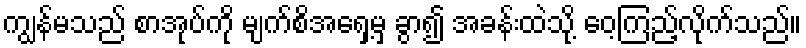
ကျွန်မသည် စာအုပ်ကို မျက်စိအရှေ့မှ ခွာ၍ အခန်းထဲသို့ ဝေ့ကြည့်လိုက်သည်။